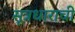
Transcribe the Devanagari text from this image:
सूत्रधाराची